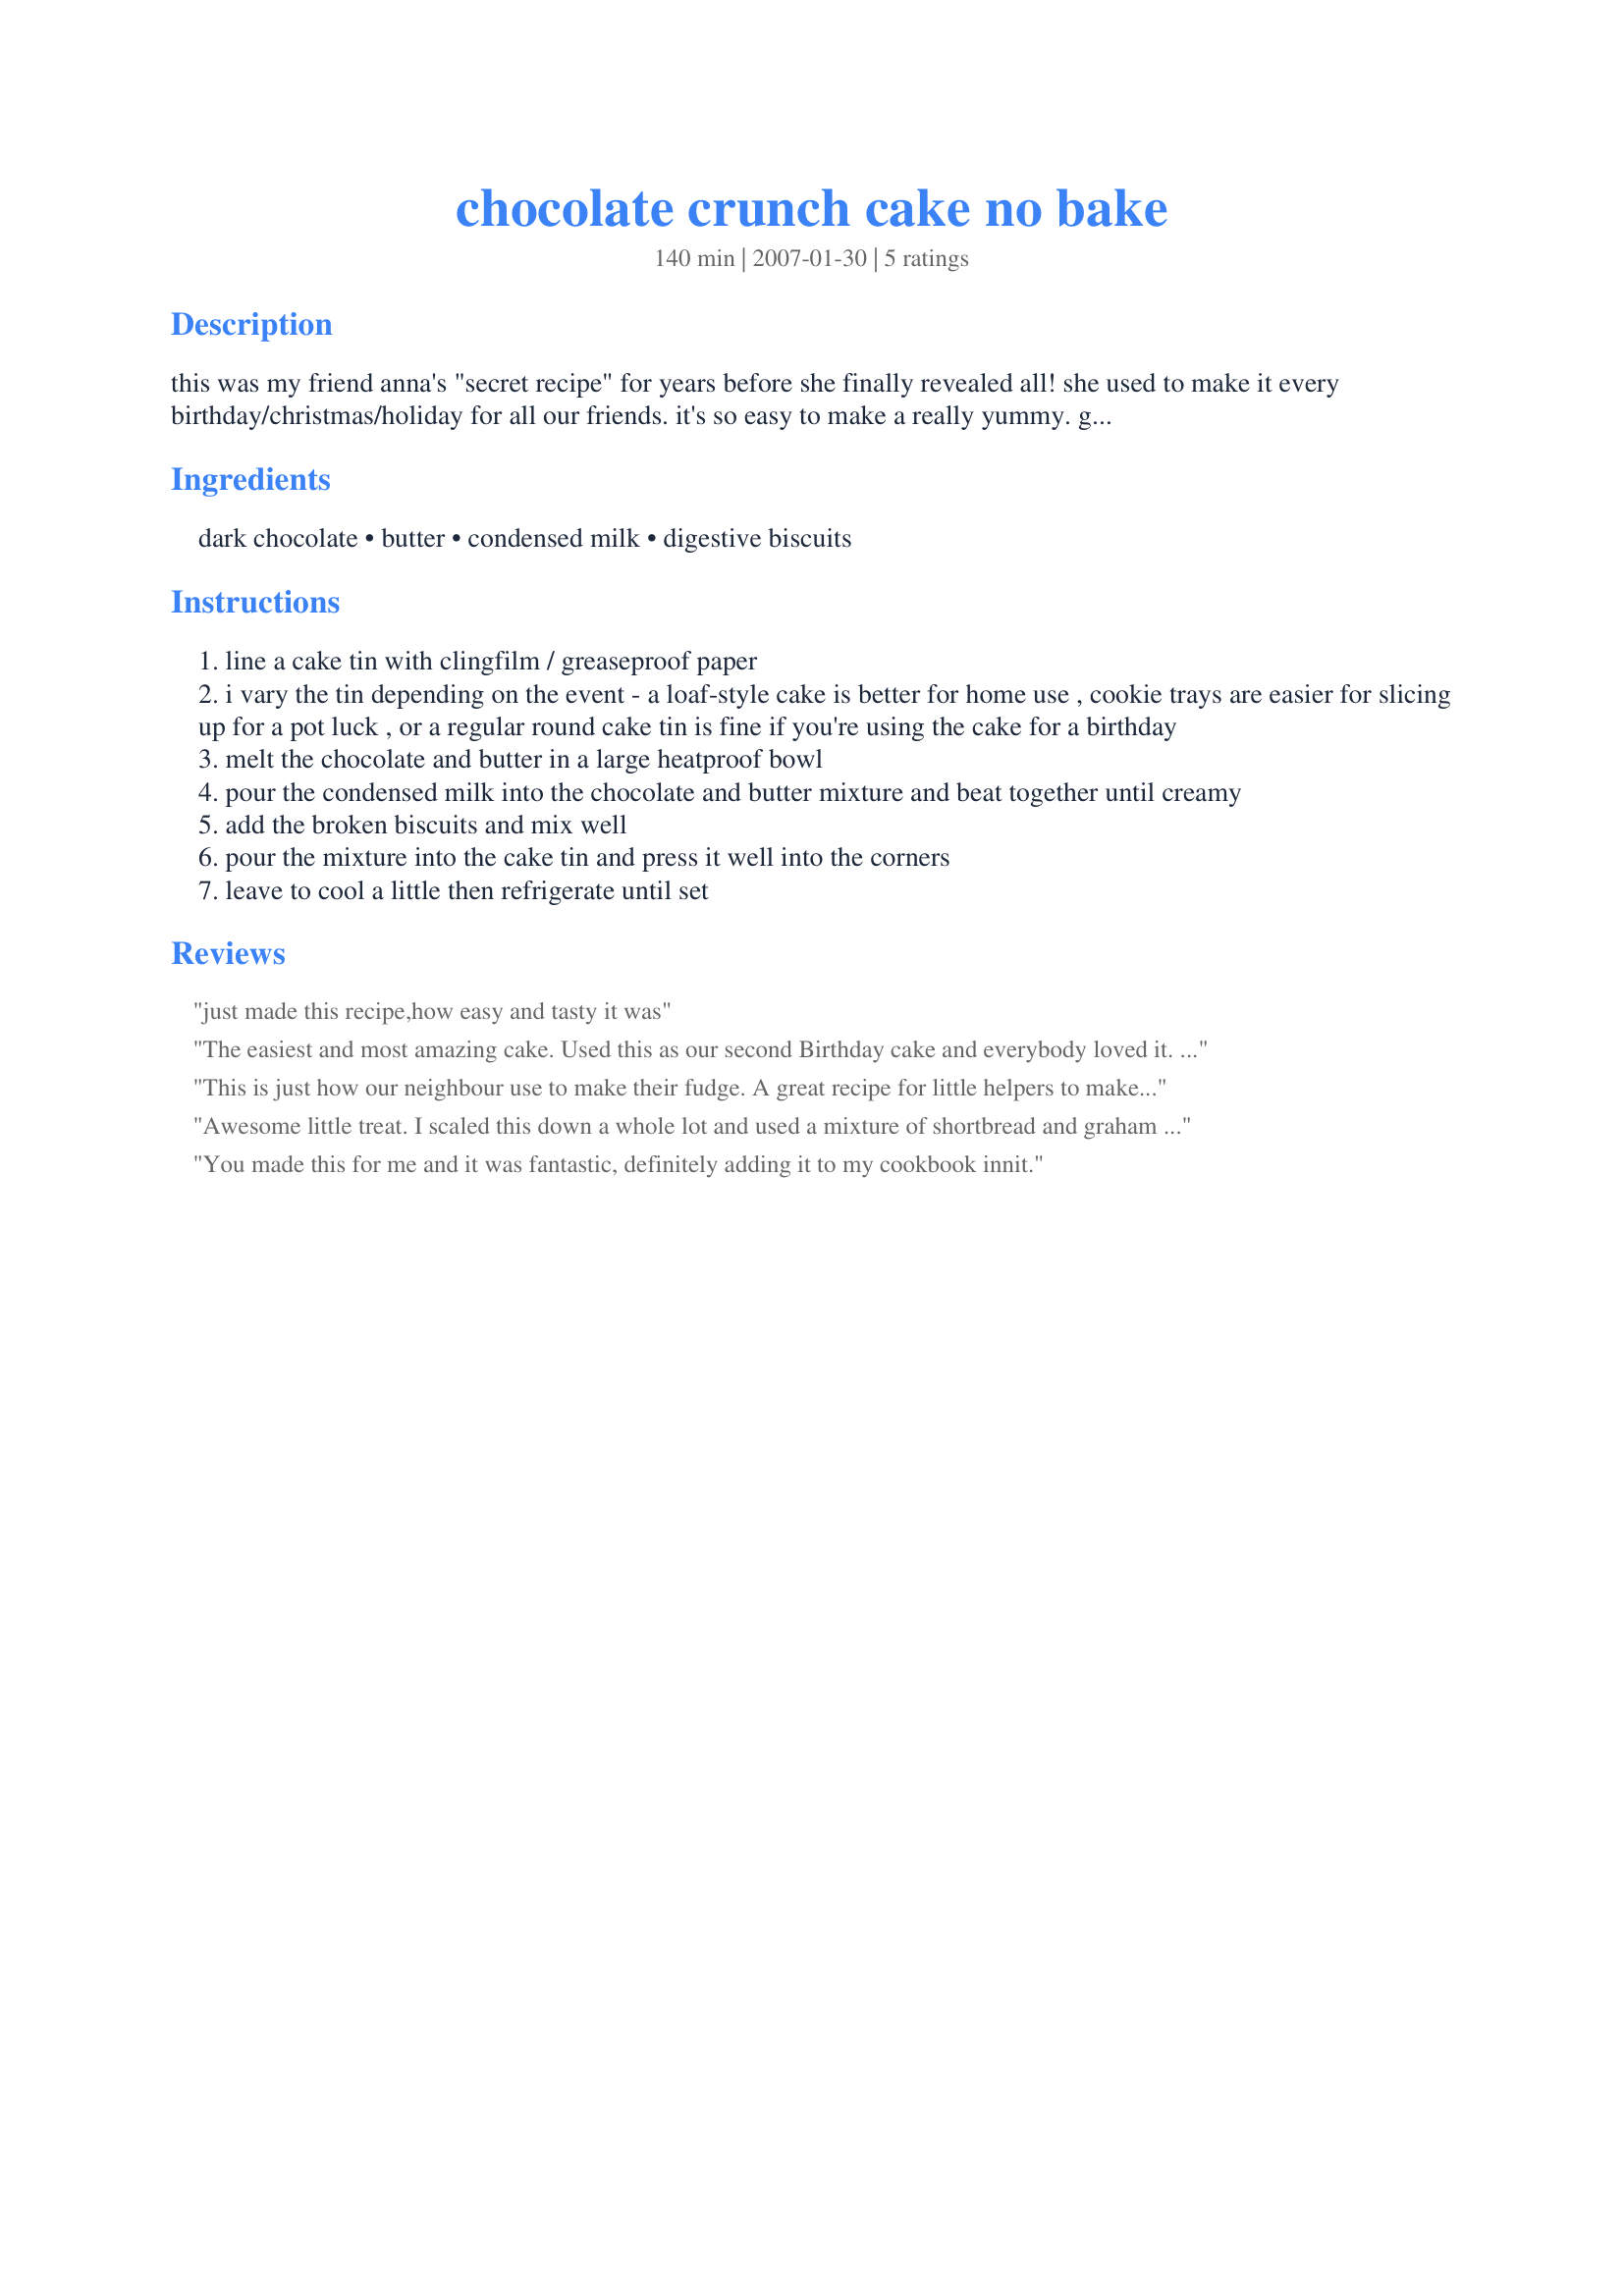
chocolate crunch cake no bake
Preparation time: 140 minutes

this was my friend anna's "secret recipe" for years before she finally revealed all! she used to make it every birthday/christmas/holiday for all our friends. it's so easy to make a really yummy. great for pot luck dinners or parties. this is the basic recipe but you add all sorts of things to it - dried fruit, nuts, marshmallows, or cherries work well too.

Ingredients:
dark chocolate, butter, condensed milk, digestive biscuits

Steps:
line a cake tin with clingfilm / greaseproof paper
i vary the tin depending on the event - a loaf-style cake is better for home use , cookie trays are easier for slicing up for a pot luck , or a regular round cake tin is fine if you're using the cake for a birthday
melt the chocolate and butter in a large heatproof bowl
pour the condensed milk into the chocolate and butter mixture and beat together until creamy
add the broken biscuits and mix well
pour the mixture into the cake tin and press it well into the corners
leave to cool a little then refrigerate until set

Reviews:
just made this recipe,how easy and tasty it was
The easiest and most amazing cake. Used this as our second Birthday cake and everybody loved it. I left my biscuits in quite large peices and it looked great on the side TY for a hit Wendy & Bob
This is just how our neighbour use to make their fudge. A great recipe for little helpers to make. My 3 year old was so proud of herself to think that *she* made this. I used the microwave to zap the chocolate and butter together and added a good handful of sultanas. Fabulous no cook fudge.
Awesome little treat. I scaled this down a whole lot and used a mixture of shortbread and graham crackers broken up since I cant find digestive biscuits here. Took about 3 hours to firm up completly. I uses a mixture of chocolate too. Excellent dessert!
You made this for me and it was fantastic, definitely adding it to my cookbook innit.
